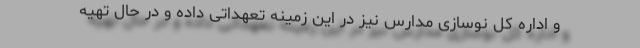
و اداره کل نوسازی مدارس نیز در این زمینه تعهداتی داده و در حال تهیه